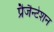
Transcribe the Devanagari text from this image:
प्रैजैन्टेशन